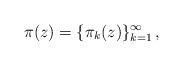
LaTeX: \begin{align*}\pi(z)=\{\pi_k(z)\}_{k=1}^\infty \,,\end{align*}